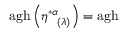
\mathrm { a g h } \left( \eta _ { \; \; \; ( \lambda ) } ^ { * \alpha } \right) = \mathrm { a g h }